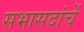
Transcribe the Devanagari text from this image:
सभासदांचें